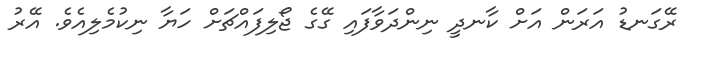
ރޭގަނޑު އަރަން އަށް ކާނދީ ނިންދަވާފައި ގޭގެ ޖޯލިފައްޗަށް ހަޔާ ނިކުމެލިއެވެ. އޭރު